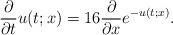
LaTeX: \begin{align*}\frac{\partial}{\partial t}u(t;x)=16\frac{\partial}{\partial x}e^{-u(t;x)}.\end{align*}